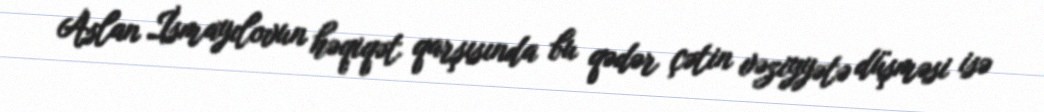
Aslan İsmayılovun həqiqət qarşısında bu qədər çətin vəziyyətə düşməsi isə